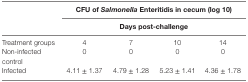
|  | <COLSPAN=4> CFU of Salmonella Enteritidis in cecum (log 10) |
 |  | <COLSPAN=4> Days post-challenge |
 | --- | --- | --- | --- | --- |
 | Treatment groups | 4 | 7 | 10 | 14 |
 | Non-infected control | 0 | 0 | 0 | 0 |
 | Infected | 4.11 ± 1.37 | 4.79 ± 1.28 | 5.23 ± 1.41 | 4.36 ± 1.78 |